Lunatic asylums Central Provinces reports 1886-1894 - 1886-1894
Year: 1886
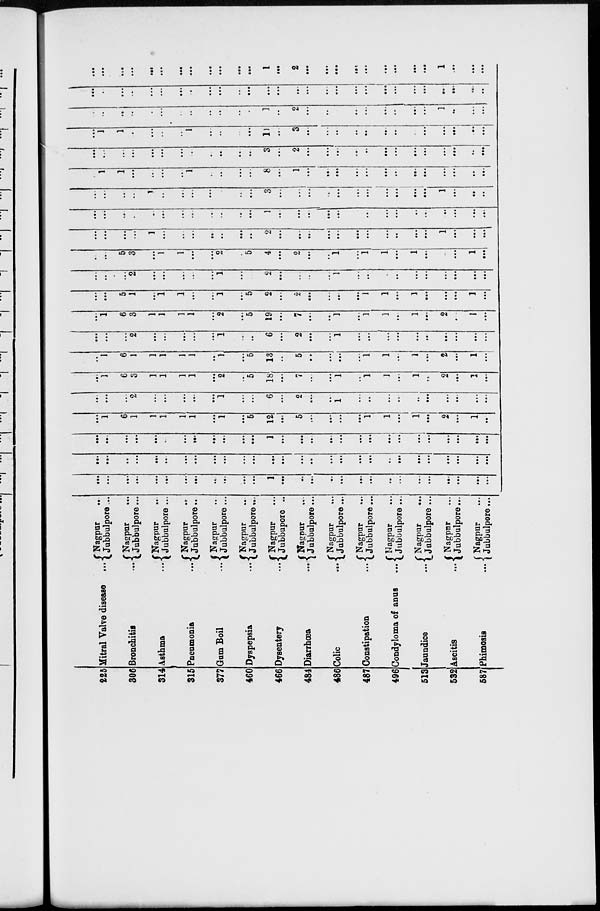
225
306
314
315
377
460
466
484
486
487
496
513
532
587
Mitral Valve disease ...
Bronchitis
Asthma
...
Pneumonia
...
Gum Boil
...
Dyspepsia
...
Dysentery
...
Diarrhœa
...
Colic ...
Constipation
...
Condyloma of anus
...
Jaundice
...
Ascitis
...
Phimosis
...
Nagpur ...
Jubbulpore ...
Nagpur ...
Jubbulpore ...
Nagpur ...
Jubbulpore ...
Nagpur
...
Jubbulpore....
Nagpur ...
Jubbulpore ...
Nagpur ...
Jubbulpore...
Nagpur ...
Jubbupore ...
Nagpur ...
Jubbulpore ...
Nagpur ...
Jubbulpore ...
Nagpur ...
Jubbulpore ...
Nagpur ...
Jubbulpore ...
Nagpur
...
Jubbulpore ...
Nagpur ...
Jubbulpore...
Nagpur ...
Jubbulpore...
...
...
...
...
...
...
...
...
...
...
...
...
1
...
...
...
...
...
...
...
...
...
...
...
...
...
...
...
...
...
...
...
...
...
...
...
...
...
...
...
...
...
...
....
...
...
...
...
...
...
...
...
...
...
...
...
...
...
...
...
...
...
...
...
...
...
...
...
1
...
...
...
...
...
...
...
...
...
...
...
...
...
...
...
...
1
6
1
1
1
1
1
...
1
...
5
12
...
5
...
...
...
...
1
1
...
1
...
2
...
1
...
...
...
...
2
...
...
...
...
...
1
...
...
6
...
2
...
...
1
...
...
...
...
...
...
...
...
...
...
...
1
6
3
1
1
1
1
...
2
...
5
18
...
7
...
...
1
...
1
1
...
1
...
2
...
1
...
...
1
6
1
1
1
1
1
...
1
...
5
13
...
5
....
...
...
...
1
1
...
1
...
2
...
1
...
...
...
...
2
...
...
...
...
...
1
...
...
6
...
2
...
...
1
...
...
...
...
...
...
...
...
...
...
...
1
6
3
1
1
1
1
...
2
...
5
19
...
7
...
....
1
...
1
1
...
1
...
2
...
1
...
...
...
5
1
...
1
1
...
...
1
...
5
2
...
2
...
...
...
...
1
1
...
1
...
...
...
1
...
...
...
...
2
...
...
...
...
...
1
...
...
2
...
...
...
...
1
...
...
...
...
...
...
...
...
...
...
...
...
5
3
...
1
1
...
...
2
...
5
4
...
2
...
...
1
...
1
1
...
1
...
...
...
1
...
...
...
...
...
1
...
...
...
...
...
...
...
2
...
...
...
...
...
...
...
...
...
...
...
1
...
...
...
...
...
...
...
...
...
...
...
...
...
...
...
1
...
...
...
...
...
...
...
...
...
...
...
...
...
...
...
...
...
...
...
1
...
...
...
...
...
...
...
3
...
...
...
...
...
...
...
...
...
...
...
1
...
...
...
...
1
1
...
....
...
...
1
...
...
...
...
8
...
1
...
...
...
...
...
...
...
...
...
...
...
...
...
...
...
...
...
...
...
...
...
...
...
...
...
3
...
2
...
...
...
...
...
...
...
...
...
...
...
...
...
...
1
1
...
...
...
...
1
...
...
...
...
11
...
3
...
...
...
...
...
...
...
...
...
...
...
...
...
...
...
...
...
...
...
...
...
...
...
...
...
1
...
2
...
...
...
...
...
...
...
...
...
1
...
...
...
...
...
...
...
...
...
...
...
...
...
...
...
...
...
...
...
...
...
...
...
...
...
...
...
...
...
...
...
...
...
...
...
...
...
...
...
...
...
...
...
1
...
2
...
...
...
...
...
...
...
...
...
1
...
...
...